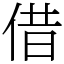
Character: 借